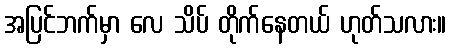
အပြင်ဘက်မှာ လေ သိပ် တိုက်နေတယ် ဟုတ်သလား။